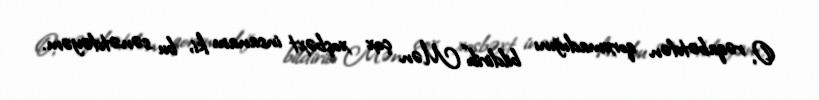
O, rəqabətdən qorxmadığını bildirib:“Mən çox xoşbəxt insanam ki, bu sənətdəyəm.